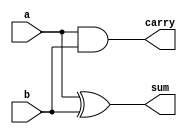
`timescale 1ns / 1ps

module HA(a,b,sum,carry);
    input a,b;
    output sum, carry;
    
    assign sum = a^b;
    assign carry = a&b;
    
endmodule

module FA(a,b,cin,sum,carry);
    input a,b,cin;
    output sum, carry;
    
    assign sum = a^b^cin;
    assign carry = a&b | (a^b) & cin;

endmodule

module wallace_Tree(input [7:0] x,y, output [15:0] product);
    reg p [7:0][7:0]; //stores partial product 
    wire [55:0] s,c; //sum and carry 
    
    integer i,j;
    
    //Generate partial products
    always @(y,x)
    begin
        for(i =0; i <= 7; i = i +1)
            for(j = 0; j <= 7; j = j + 1)
                p[j][i] <= x[j] & y[i];
    end      
    
    //P1
    HA ha_11(.sum(s[0]),.carry(c[0]), .a(p[1][0]), .b( p[0][1])); 
    //P2
    FA fa_21( .sum(s[1]), .carry(c[1]), .a(p[2][0]), .b( p[1][1]), .cin( (c[0]) ) );
    HA ha_21( .sum(s[2]), .carry(c[2]), .a(p[0][2]), .b( s[1]));                                              
    //P3
    FA fa_31( .sum(s[3]), .carry(c[3]), .a(p[2][1]), .b( p[3][0]), .cin( c[1]) );
    FA fa_32( .sum(s[4]), .carry(c[4]), .a(p[1][2]), .b( s[3]), .cin( c[2]) );
    HA ha_31( .sum(s[5]), .carry(c[5]), .a(p[0][3]), .b( s[4]));                                               
    //P4
    FA fa_41( .sum(s[6]), .carry(c[6]), .a(p[4][0]), .b( p[3][1]), .cin( c[3]) );
    FA fa_42( .sum(s[7]), .carry(c[7]), .a(p[2][2]), .b(s[6]), .cin( c[4]) );
    FA fa_43( .sum(s[8]), .carry(c[8]), .a(p[1][3]), .b(s[7]), .cin( c[5]) );
    HA ha_41( .sum(s[9]), .carry(c[9]), .a(p[0][4]), .b( s[8]));                                             
    //P5
    FA fa_51( .sum(s[10]), .carry(c[10]), .a(p[5][0]), .b( p[4][1]), .cin( c[6]) );
    FA fa_52( .sum(s[11]), .carry(c[11]), .a(p[3][2]), .b( s[10]), .cin( c[7]) );
    FA fa_53( .sum(s[12]), .carry(c[12]), .a(p[2][3]), .b( s[11]), .cin( c[8]) );
    FA fa_54( .sum(s[13]), .carry(c[13]), .a(p[1][4]), .b( s[12]), .cin( c[9]) );
    HA ha_55( .sum(s[14]), .carry(c[14]), .a(p[0][5]), .b( s[13]));                                     
    //P6
    FA fa_61( .sum(s[15]), .carry(c[15]), .a(p[6][0]), .b( p[5][1]), .cin( c[10]) );
    FA fa_62( .sum(s[16]), .carry(c[16]), .a(p[4][2]), .b( s[15]), .cin( c[11]) );
    FA fa_63( .sum(s[17]), .carry(c[17]), .a(p[3][3]), .b( s[16]), .cin( c[12]) );
    FA fa_64( .sum(s[18]), .carry(c[18]), .a(p[2][4]), .b( s[17]), .cin( c[13]) );
    FA fa_65( .sum(s[19]), .carry(c[19]), .a(p[1][5]), .b( s[18]), .cin( c[14]) );
    HA ha_42( .sum(s[20]), .carry(c[20]), .a(p[0][6]), .b( s[19]));                                      
    //P7
    FA fa_71( .sum(s[21]), .carry(c[21]), .a(p[7][0]), .b( p[6][1]), .cin( c[15]) );
    FA fa_72( .sum(s[22]), .carry(c[22]), .a(p[5][2]), .b( s[21]), .cin( c[16]) );
    FA fa_73( .sum(s[23]), .carry(c[23]), .a(p[4][3]), .b( s[22]), .cin( c[17]) );
    FA fa_74( .sum(s[24]), .carry(c[24]), .a(p[3][4]), .b( s[23]), .cin( c[18]) );
    FA fa_75( .sum(s[25]), .carry(c[25]), .a(p[2][5]), .b( s[24]), .cin( c[19]) );
    FA fa_76( .sum(s[26]), .carry(c[26]), .a(p[1][6]), .b( s[25]), .cin( c[20]) );
    HA ha_71( .sum(s[27]), .carry(c[27]), .a(p[0][7]), .b( s[26]));                                      
    //P8
    FA fa_81( .sum(s[28]), .carry(c[28]), .a(p[7][1]), .b( p[6][2]), .cin( c[21]) );
    FA fa_82( .sum(s[29]), .carry(c[29]), .a(p[5][3]), .b( s[28]), .cin( c[22]) );
    FA fa_83( .sum(s[30]), .carry(c[30]), .a(p[4][4]), .b( s[29]), .cin( c[23]) );
    FA fa_84( .sum(s[31]), .carry(c[31]), .a(p[3][5]), .b( s[30]), .cin( c[24]) );
    FA fa_85( .sum(s[32]), .carry(c[32]), .a(p[2][6]), .b( s[31]), .cin( c[25]) );
    FA fa_86( .sum(s[33]), .carry(c[33]), .a(p[1][7]), .b( s[32]), .cin( c[26]) );
    HA ha_81( .sum(s[34]), .carry(c[34]), .a(s[33]), .b( c[27]));                                          
    //P9
    FA fa_91( .sum(s[35]), .carry(c[35]), .a(p[7][2]), .b( p[6][3]), .cin( c[28]) );
    FA fa_92( .sum(s[36]), .carry(c[36]), .a(p[5][4]), .b( s[35]), .cin( c[29]) );
    FA fa_93( .sum(s[37]), .carry(c[37]), .a(p[4][5]), .b( s[36]), .cin( c[30]) );
    FA fa_94( .sum(s[38]), .carry(c[38]), .a(p[3][6]), .b( s[37]), .cin( c[31]) );
    FA fa_95( .sum(s[39]), .carry(c[39]), .a(p[2][7]), .b( s[38]), .cin( c[32]) );
    FA fa_96( .sum(s[40]), .carry(c[40]), .a(s[39]), .b( c[33]), .cin( c[34]) );                         
    //P10
    FA fa_101( .sum(s[41]), .carry(c[41]), .a(p[7][3]), .b( p[6][4]), .cin( c[35]) );
    FA fa_102( .sum(s[42]), .carry(c[42]), .a(p[5][5]), .b( s[41]), .cin( c[36]) );
    FA fa_103( .sum(s[43]), .carry(c[43]), .a(p[4][6]), .b( s[42]), .cin( c[37]) );
    FA fa_104( .sum(s[44]), .carry(c[44]), .a(p[3][7]), .b( s[43]), .cin( c[38]) );
    FA fa_105( .sum(s[45]), .carry(c[45]), .a(s[44]), .b( c[39]), .cin( c[40]) );                   
    //P11
    FA fa_111( .sum(s[46]), .carry(c[46]), .a(p[7][4]), .b( p[6][5]), .cin( c[41]) );
    FA fa_112( .sum(s[47]), .carry(c[47]), .a(p[5][6]), .b( s[46]), .cin( c[42]) );
    FA fa_113( .sum(s[48]), .carry(c[48]), .a(p[4][7]), .b( s[47]), .cin( c[43]) );
    FA fa_114( .sum(s[49]), .carry(c[49]), .a(s[48]), .b( c[44]), .cin( c[45]) );                     
    //P12
    FA fa_121( .sum(s[50]), .carry(c[50]), .a(p[7][5]), .b( p[6][6]), .cin( c[46]) );
    FA fa_122( .sum(s[51]), .carry(c[51]), .a(p[5][7]), .b(s[50]), .cin( c[47]) );
    FA fa_123( .sum(s[52]), .carry(c[52]), .a(s[51]), .b(c[48]), .cin( c[49]) );                    
    //P13
    FA fa_131( .sum(s[53]), .carry(c[53]), .a(p[7][6]), .b( p[6][7]), .cin( c[50]) );
    FA fa_132( .sum(s[54]), .carry(c[54]), .a(s[53]), .b(c[51]), .cin( c[52]) );                 
    //P14
    FA fa_141( .sum(s[55]), .carry(c[55]), .a(p[7][7]), .b(c[53]), .cin( c[54]) );             

    assign product = {c[55],s[55],s[54],s[52],s[49],s[45],s[40],s[34],s[27],s[20],s[14],s[9],s[5],s[2],s[0],p[0][0]}; //p[0][0]=P0
endmodule